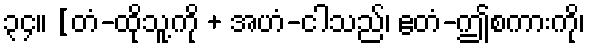
၃၄။ [တံ-ထိုသူ့ကို + အဟံ-ငါသည်၊ ဧတံ-ဤစကားကို၊